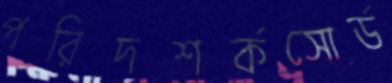
পরিদশর্কসোর্ড